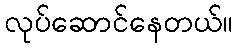
လုပ်ဆောင်နေတယ်။